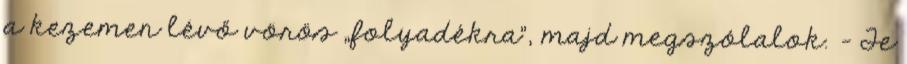
a kezemen lévő vörös „folyadékra”, majd megszólalok. - Te